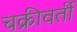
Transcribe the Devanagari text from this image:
चक्रीवर्ती